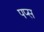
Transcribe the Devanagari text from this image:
पप्स